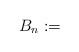
LaTeX: \begin{align*} B_n := \end{align*}